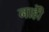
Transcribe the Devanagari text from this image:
नाहीे